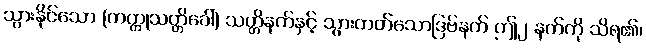
သွားနိုင်သော (ကတ္တုသတ္တိခေါ်) သတ္တိနက်နှင့် သွားတတ်သောဒြဗ်နက် ဤ၂ နက်ကို သိရ၏၊